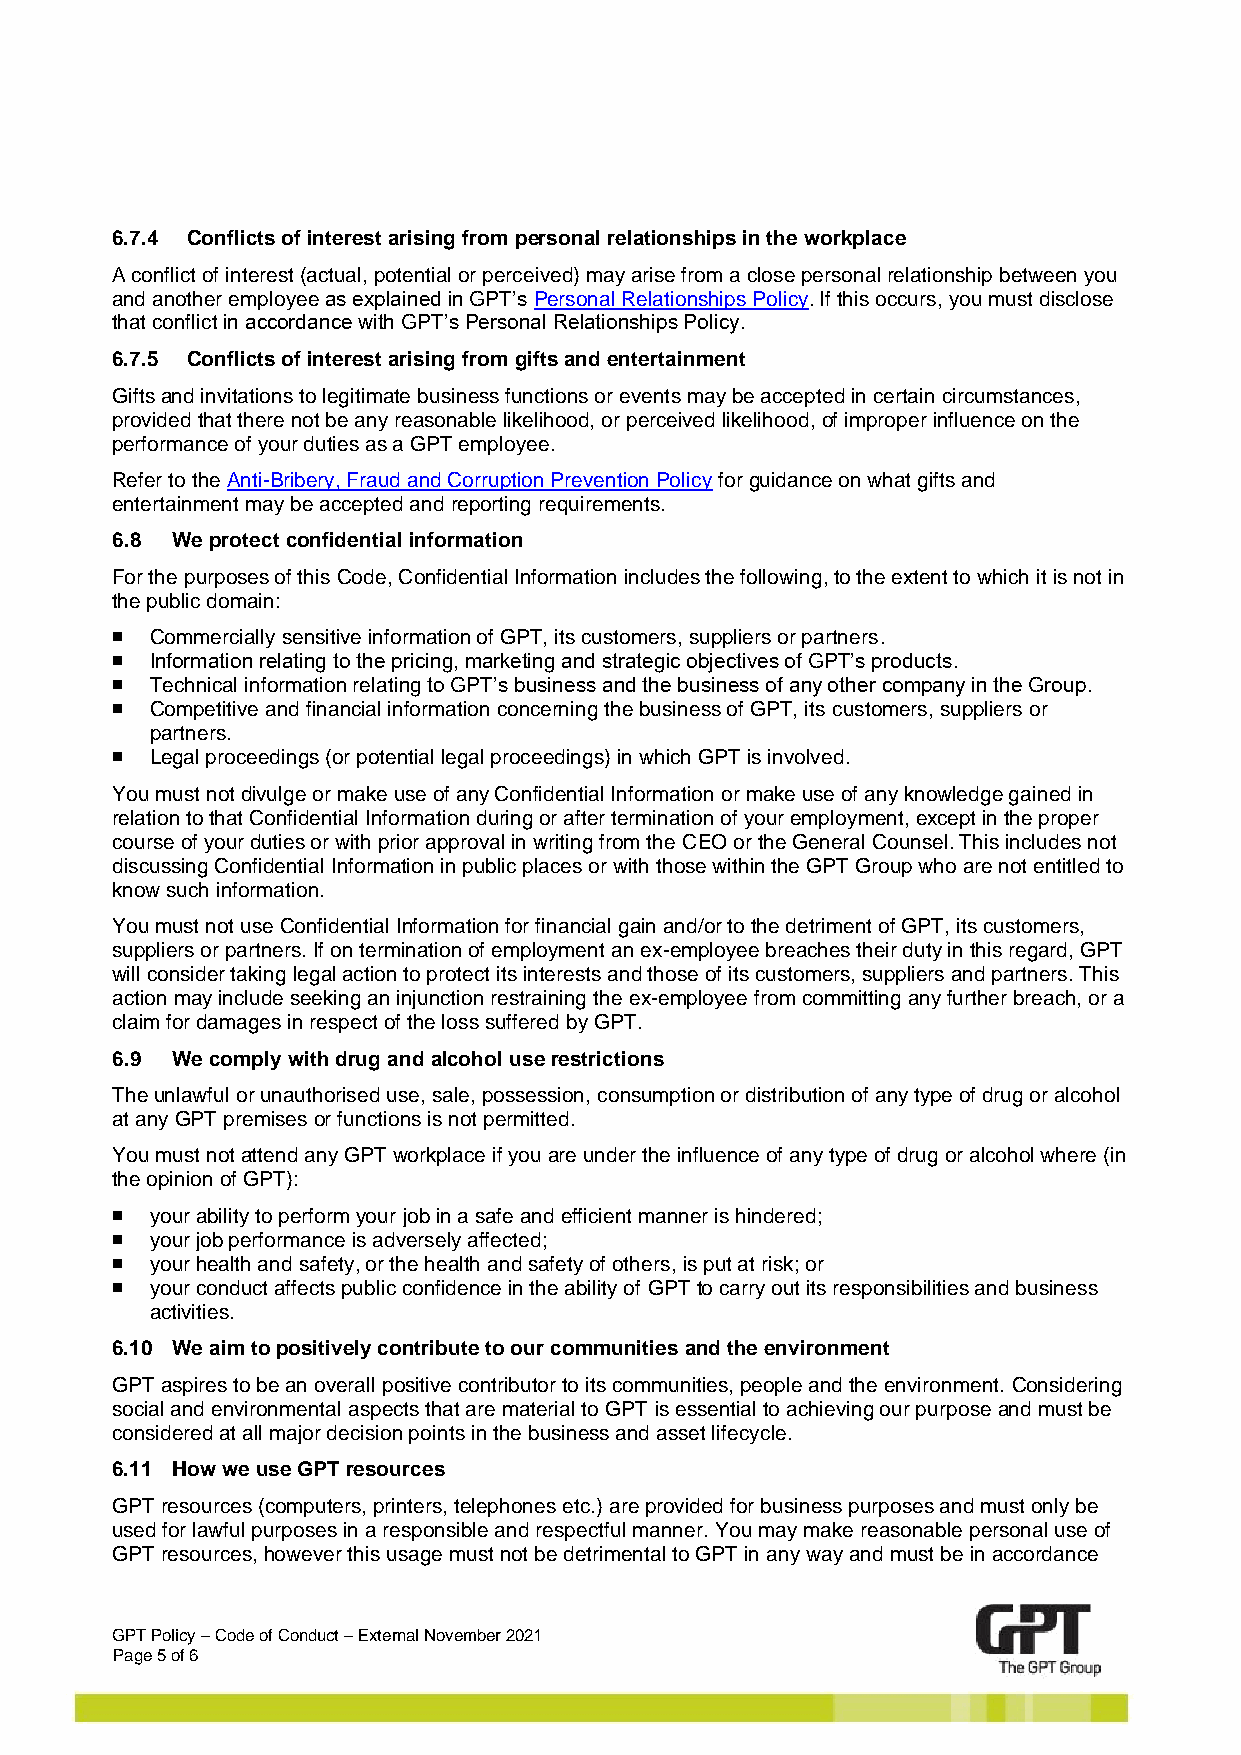
6.7.4 Conflicts of interest arising from personal relationships in the workplace
 A conflict of interest (actual, potential or perceived) may arise from a close personal relationship between you
 and another employee as explained in GPT’s Personal Relationships Policy. If this occurs, you must disclose
 that conflict in accordance with GPT’s Personal Relationships Policy.
 6.7.5 Conflicts of interest arising from gifts and entertainment
 Gifts and invitations to legitimate business functions or events may be accepted in certain circumstances,
 provided that there not be any reasonable likelihood, or perceived likelihood, of improper influence on the
 performance of your duties as a GPT employee.
 Refer to the Anti-Bribery, Fraud and Corruption Prevention Policy for guidance on what gifts and
 entertainment may be accepted and reporting requirements.
 6.8 We protect confidential information
 For the purposes of this Code, Confidential Information includes the following, to the extent to which it is not in
 the public domain:
 ◼  Commercially sensitive information of GPT, its customers, suppliers or partners.
 ◼  Information relating to the pricing, marketing and strategic objectives of GPT’s products.
 ◼  Technical information relating to GPT’s business and the business of any other company in the Group.
 ◼  Competitive and financial information concerning the business of GPT, its customers, suppliers or
 partners.
 ◼  Legal proceedings (or potential legal proceedings) in which GPT is involved.
 You must not divulge or make use of any Confidential Information or make use of any knowledge gained in
 relation to that Confidential Information during or after termination of your employment, except in the proper
 course of your duties or with prior approval in writing from the CEO or the General Counsel. This includes not
 discussing Confidential Information in public places or with those within the GPT Group who are not entitled to
 know such information.
 You must not use Confidential Information for financial gain and/or to the detriment of GPT, its customers,
 suppliers or partners. If on termination of employment an ex-employee breaches their duty in this regard, GPT
 will consider taking legal action to protect its interests and those of its customers, suppliers and partners. This
 action may include seeking an injunction restraining the ex-employee from committing any further breach, or a
 claim for damages in respect of the loss suffered by GPT.
 6.9 We comply with drug and alcohol use restrictions
 The unlawful or unauthorised use, sale, possession, consumption or distribution of any type of drug or alcohol
 at any GPT premises or functions is not permitted.
 You must not attend any GPT workplace if you are under the influence of any type of drug or alcohol where (in
 the opinion of GPT):
 ◼  your ability to perform your job in a safe and efficient manner is hindered;
 ◼  your job performance is adversely affected;
 ◼  your health and safety, or the health and safety of others, is put at risk; or
 ◼  your conduct affects public confidence in the ability of GPT to carry out its responsibilities and business
 activities.
 6.10 We aim to positively contribute to our communities and the environment
 GPT aspires to be an overall positive contributor to its communities, people and the environment. Considering
 social and environmental aspects that are material to GPT is essential to achieving our purpose and must be
 considered at all major decision points in the business and asset lifecycle.
 6.11 How we use GPT resources
 GPT resources (computers, printers, telephones etc.) are provided for business purposes and must only be
 used for lawful purposes in a responsible and respectful manner. You may make reasonable personal use of
 GPT resources, however this usage must not be detrimental to GPT in any way and must be in accordance
 GPT Policy – Code of Conduct – External November 2021
 Page 5 of 6